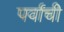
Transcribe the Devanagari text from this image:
पर्वांची